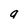
Character: g